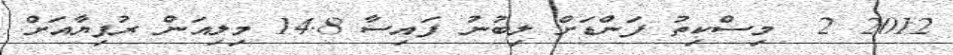
2012 2  މިސްކިތު ފަންޑަށް ލިބުނު ފައިސާ 14.8 މިލިއަން ރުފިޔާއަށް